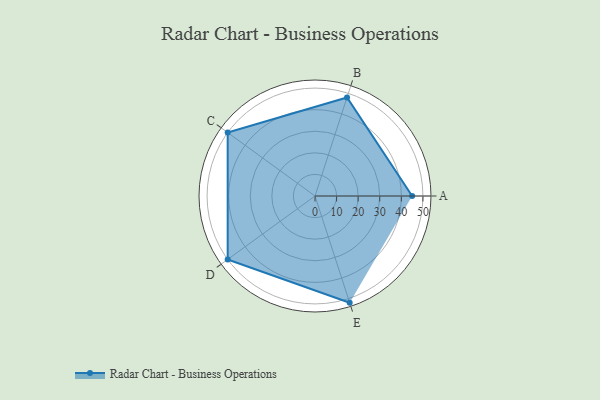
{"axis": {"x": "Skill", "y": "Score"}, "legend": ["Profile"], "data": [{"x": "A", "y": 45.0, "type": "Profile"}, {"x": "B", "y": 48.0, "type": "Profile"}, {"x": "C", "y": 50.0, "type": "Profile"}, {"x": "D", "y": 50.0, "type": "Profile"}, {"x": "E", "y": 52.0, "type": "Profile"}]}